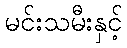
မင်းသမီးနှင့်